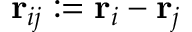
\mathbf { r } _ { i j } : = \mathbf { r } _ { i } - \mathbf { r } _ { j }